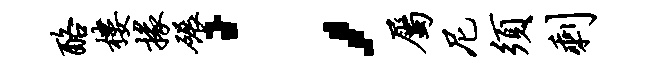
酪楼掾碾；属尼须剩